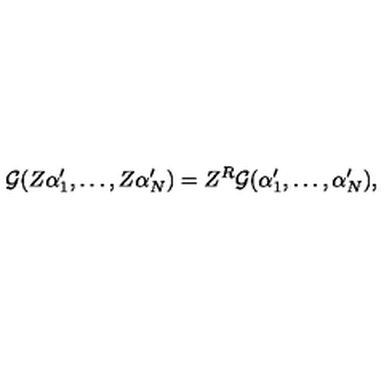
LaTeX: { \cal { G } } ( Z \alpha _ { 1 } ^ { \prime } , \ldots , Z \alpha _ { N } ^ { \prime } ) = Z ^ { R } { \cal { G } } ( \alpha _ { 1 } ^ { \prime } , \ldots , \alpha _ { N } ^ { \prime } ) ,